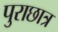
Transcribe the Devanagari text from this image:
पुराछात्र